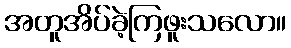
အတူအိပ်ခဲ့ကြဖူးသလော။